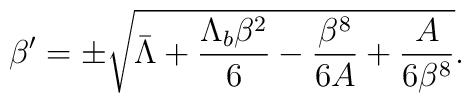
\beta^\prime= \pm\sqrt{\bar\Lambda +\frac{\Lambda_b \beta^2}{6}-\frac{\beta^8}{6A}+\frac{A}{6\beta^8}}.